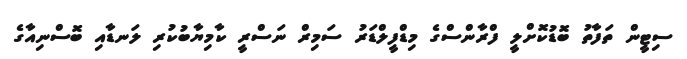
ސިޓީން ތަފާތު ބޮޑުކޮށްލީ ފްރާންސްގެ މިޑްފީލްޑަރު ސަމިރް ނަސްރީ ކާމިޔާބުކުރި ލަނޑާއި ބޮސްނިއާގެ